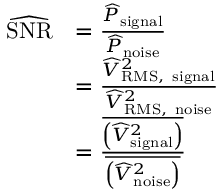
\begin{array} { r l } { \widehat { \mathrm { S N R } } } & { = \frac { \widehat { P } _ { \mathrm { s i g n a l } } } { \widehat { P } _ { \mathrm { n o i s e } } } } \\ & { = \frac { \widehat { V } _ { \mathrm { R M S , ~ s i g n a l } } ^ { 2 } } { \widehat { V } _ { \mathrm { R M S , ~ n o i s e } } ^ { 2 } } } \\ & { = \frac { \overline { { \left( \widehat { V } _ { \mathrm { s i g n a l } } ^ { 2 } \right) } } } { \overline { { \left( \widehat { V } _ { \mathrm { n o i s e } } ^ { 2 } \right) } } } } \end{array}